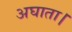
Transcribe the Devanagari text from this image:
अघाता।